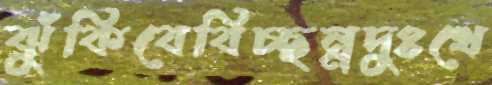
ঝুঁকিবেবিচ্ছন্নদুঃখে